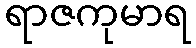
ရာဇကုမာရ